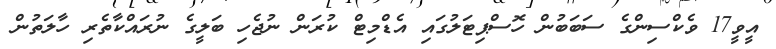
އީވީ17 ވެކްސިންގެ ސަބަބުން ހޮސްޕިޓަލުގައި އެޑްމިޓް ކުރަން ނުޖެހި ބަލީގެ ނުރައްކާތެރި ހާލަތުން